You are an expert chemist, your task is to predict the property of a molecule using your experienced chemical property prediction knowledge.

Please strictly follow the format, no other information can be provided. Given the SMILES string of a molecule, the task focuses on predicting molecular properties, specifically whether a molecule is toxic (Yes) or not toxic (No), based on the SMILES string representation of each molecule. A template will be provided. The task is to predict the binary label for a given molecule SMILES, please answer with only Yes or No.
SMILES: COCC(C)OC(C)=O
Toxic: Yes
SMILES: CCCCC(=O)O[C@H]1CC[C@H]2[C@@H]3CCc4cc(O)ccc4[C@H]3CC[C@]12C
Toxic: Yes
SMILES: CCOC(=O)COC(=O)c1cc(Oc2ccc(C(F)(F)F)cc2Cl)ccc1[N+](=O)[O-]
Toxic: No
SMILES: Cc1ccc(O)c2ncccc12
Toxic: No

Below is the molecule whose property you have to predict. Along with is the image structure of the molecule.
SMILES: COc1ccc(OC)c(OC)c1
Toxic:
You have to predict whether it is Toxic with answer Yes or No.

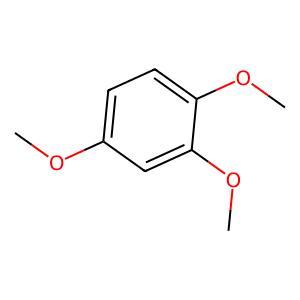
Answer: No